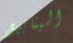
الينابيع